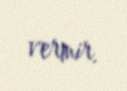
vermir.